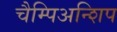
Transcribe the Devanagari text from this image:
चैम्पिअन्शिप